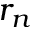
r _ { n }